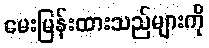
မေးမြန်းထားသည်များကို